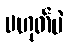
မဟုတ်ပဲ